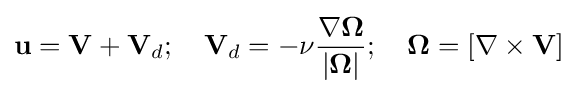
\mathbf {u} =\mathbf {V} +\mathbf {V} _{d};~~~\mathbf {V} _{d}=-\nu {\dfrac {\nabla \mathbf {\Omega } }{|\mathbf {\Omega } |}};~~~\mathbf {\Omega } =[\nabla \times \mathbf {V} ]